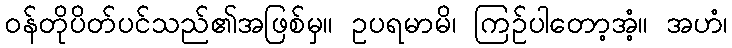
ဝန်တိုပိတ်ပင်သည်၏အဖြစ်မှ။ ဥပရမာမိ၊ ကြဉ်ပါတော့အံ့။ အဟံ၊